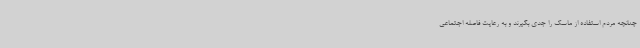
چنانچه مردم استفاده از ماسک را جدی بگیرند و به رعایت فاصله اجتماعی